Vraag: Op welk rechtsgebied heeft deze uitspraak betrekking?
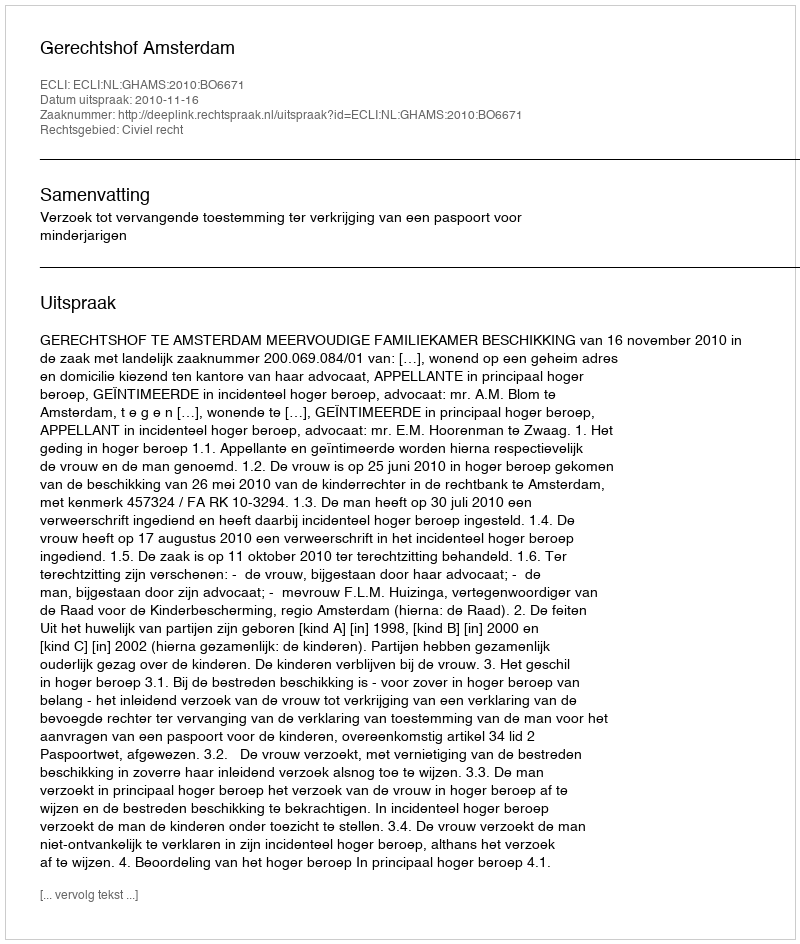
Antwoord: Civiel recht